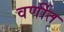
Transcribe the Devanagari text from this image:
वर्णीत